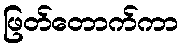
ဖြတ်တောက်ကာ